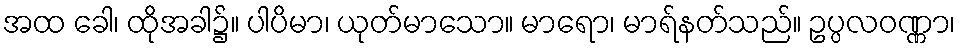
အထ ခေါ၊ ထိုအခါ၌။ ပါပိမာ၊ ယုတ်မာသော။ မာရော၊ မာရ်နတ်သည်။ ဥပ္ပလဝဏ္ဏာ၊